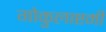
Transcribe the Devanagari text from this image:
गोकुलाष्टमी